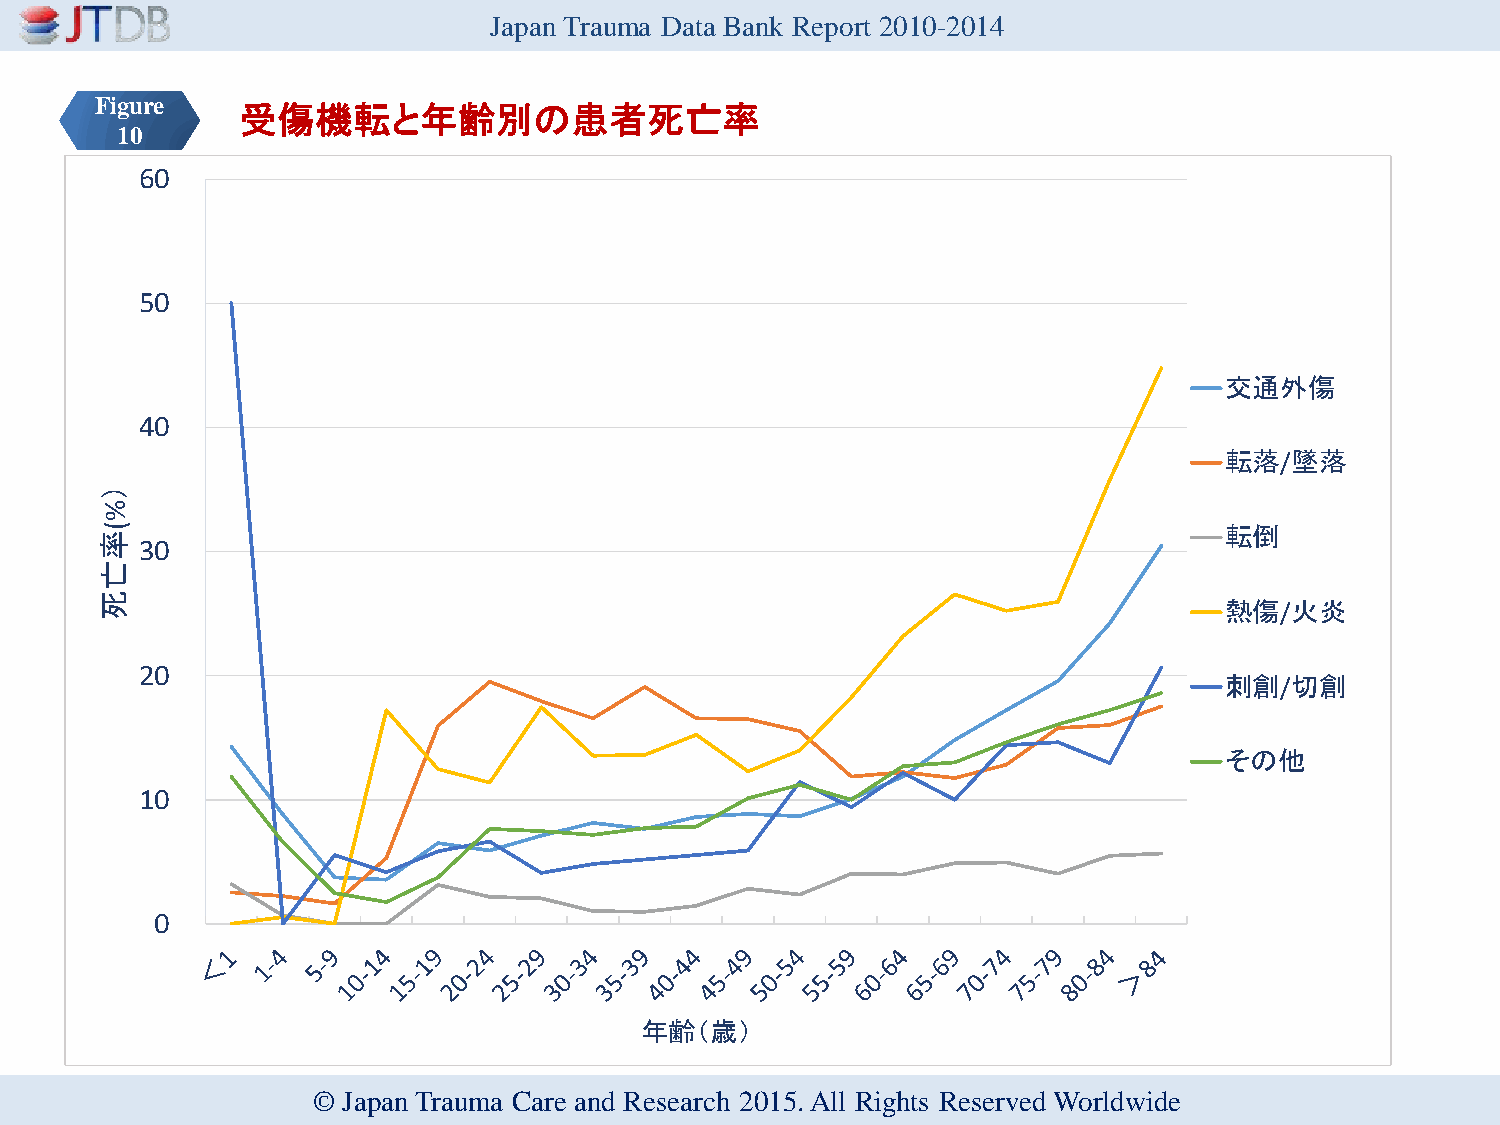
Japan Trauma Data Bank Report 2010-2014
 Figure    受傷機転と年齢別の患者死亡率
 10
 60
 50
 交通外傷
 40
 転落/墜落
 ）
 %
 (                                                                         転倒
 率
 30
 亡
 死
 熱傷/火炎
 20
 刺創/切創
 その他
 10
 0
 年齢（歳）
 © Japan Trauma Care and Research 2015. All Rights Reserved Worldwide